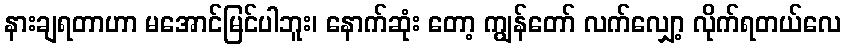
နားချရတာဟာ မအောင်မြင်ပါဘူး၊ နောက်ဆုံး တော့ ကျွန်တော် လက်လျှော့ လိုက်ရတယ်လေ